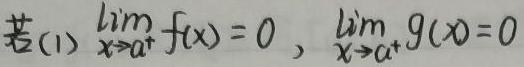
若(1) $\lim_{x \to a^{+}} f(x) = 0$，$\lim_{x \to a^{+}} g(x) = 0$